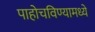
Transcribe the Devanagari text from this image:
पाहोचविण्यामध्ये